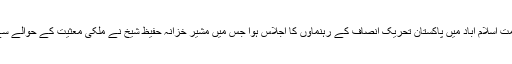
وفاقی دارالحکومت اسلام آباد میں پاکستان تحریک انصاف کے رہنماوں کا اجلاس ہوا جس میں مشیر خزانہ حفیظ شیخ نے ملکی معثیت کے حوالے سے بریفننگ دی۔